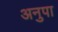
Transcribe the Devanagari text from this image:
अनुपा